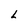
Character: L